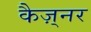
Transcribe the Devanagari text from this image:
कैज़्नर